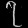
Digit: ၇